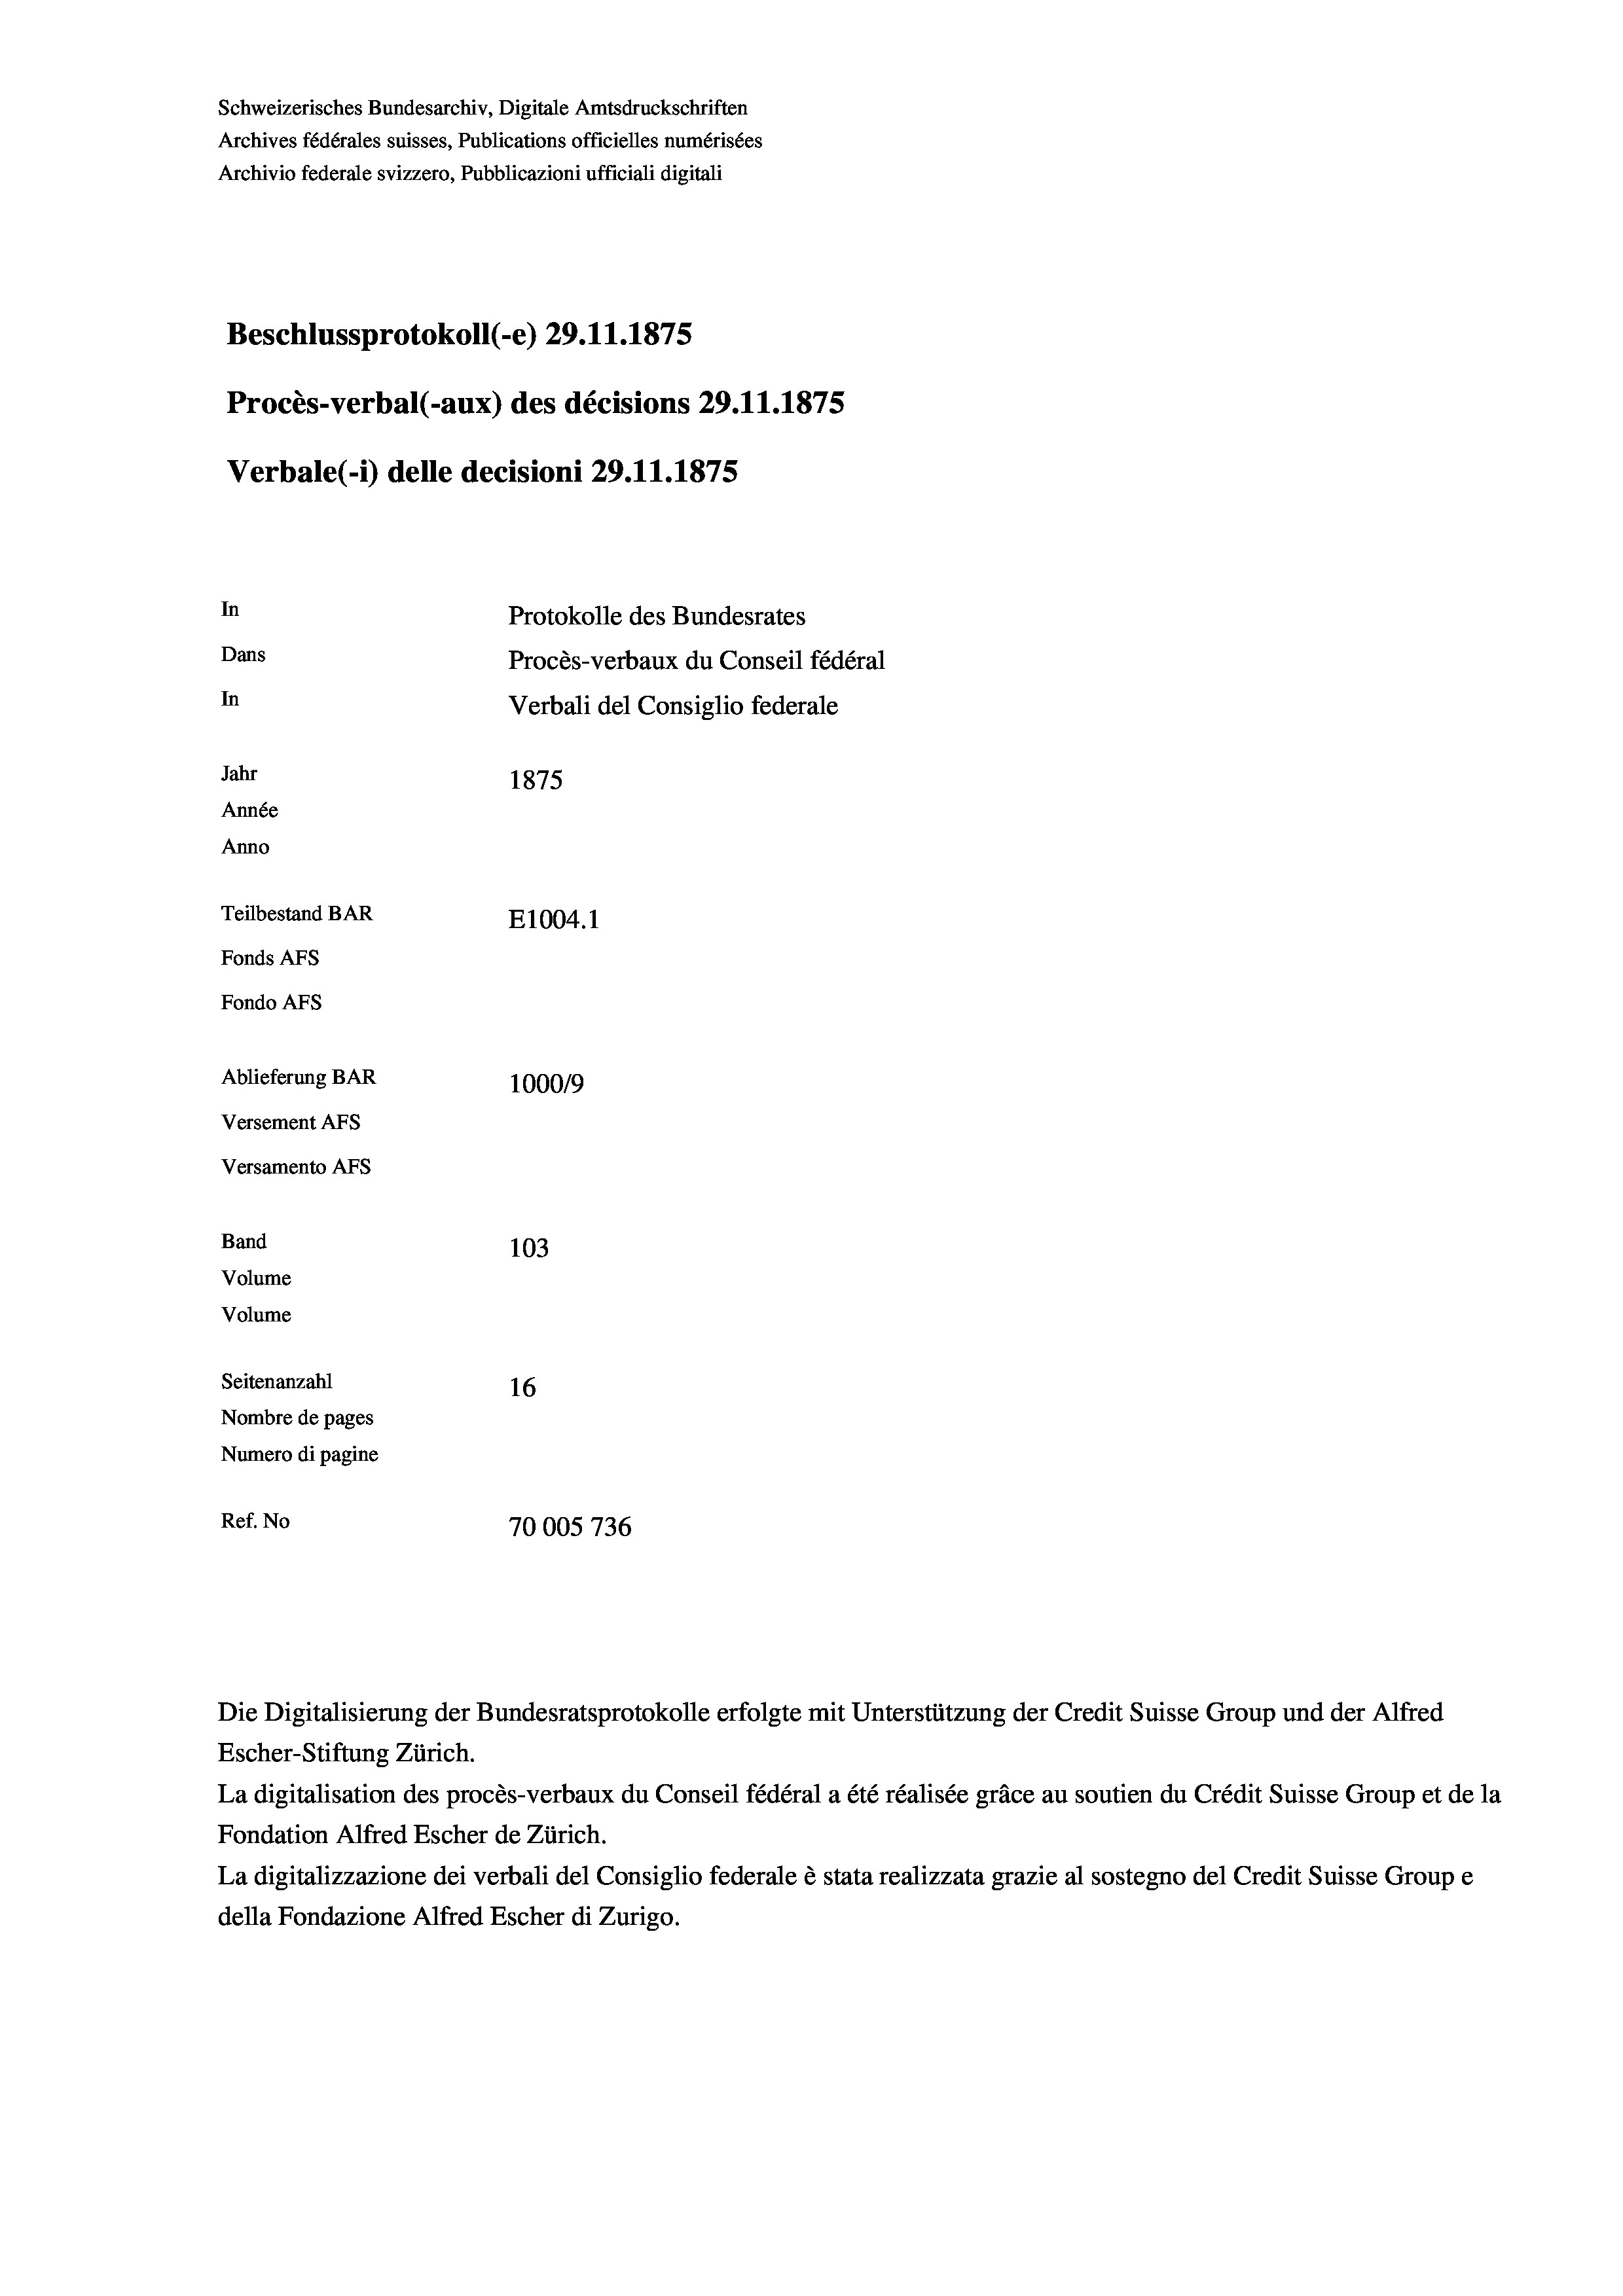
Schweizerisches Bundesarchiv, Digitale Amtsdruckschriften
Archives fédérales suisses, Publications officielles numérisées
Archivio federale svizzero, Pubblicazioni ufficiali digitali
Beschlussprotokoll (-e) 29.11.1875
Procès-verbal (-aux) des décisions 29.11.1875
Verbale(*) delle decisioni 29.11.1875
In
Protokolle des Bundesrates
Dans
Procès-verbaux du Conseil fédéral
In
Verbali del Consiglio federale
Jahr
1875
Année
Anno
Teilbestand BAR
E1004. 1
Fonds AFs
Fondo AFs
Ablieferung BAR
1000/9
Versement Abs
Versamento AFs
Band
103

Volume
Volume
Seitenanzahl
16
Nombre de pages
Numero di pagine
Ref. No
70005 736

Die Digitalisierung der Bundesratsprotokolle erfolgte mit Unterstützung der Credit Suisse Group und der Alfred
Escher-Stiftung Zürich.
La digitalisation des procès-verbaux du Conseil fédéral a été réalisée gräce au soutien du Crédit Suisse Group et de la
Fondation Alfred Escher de Zürich.
La digitalizzazione dei verbali del Consiglio federale è stata realizzata grazie al sostegno del Credit Suisse Groupe
della Fondazione Alfred Escher di Zurigo.